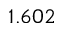
1 . 6 0 2